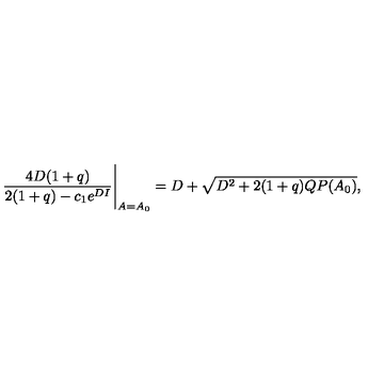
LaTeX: \frac { 4 D ( 1 + q ) } { 2 ( 1 + q ) - c _ { 1 } e ^ { D I } } \Bigg \vert _ { A = A _ { 0 } } = D + \sqrt { D ^ { 2 } + 2 ( 1 + q ) Q P ( A _ { 0 } ) } ,